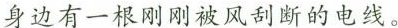
身边有一根刚刚被风刮断的电线。